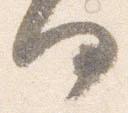
何